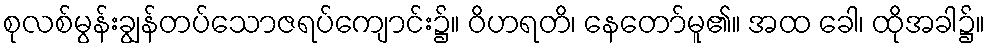
စုလစ်မွန်းချွန်တပ်သောဇရပ်ကျောင်း၌။ ဝိဟရတိ၊ နေတော်မူ၏။ အထ ခေါ၊ ထိုအခါ၌။